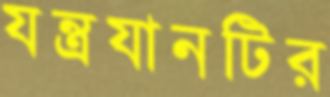
যন্ত্রযানটির